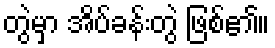
တွဲမှာ အိပ်ခန်းတွဲ ဖြစ်၏။